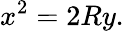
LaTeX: x^{2}=2Ry.